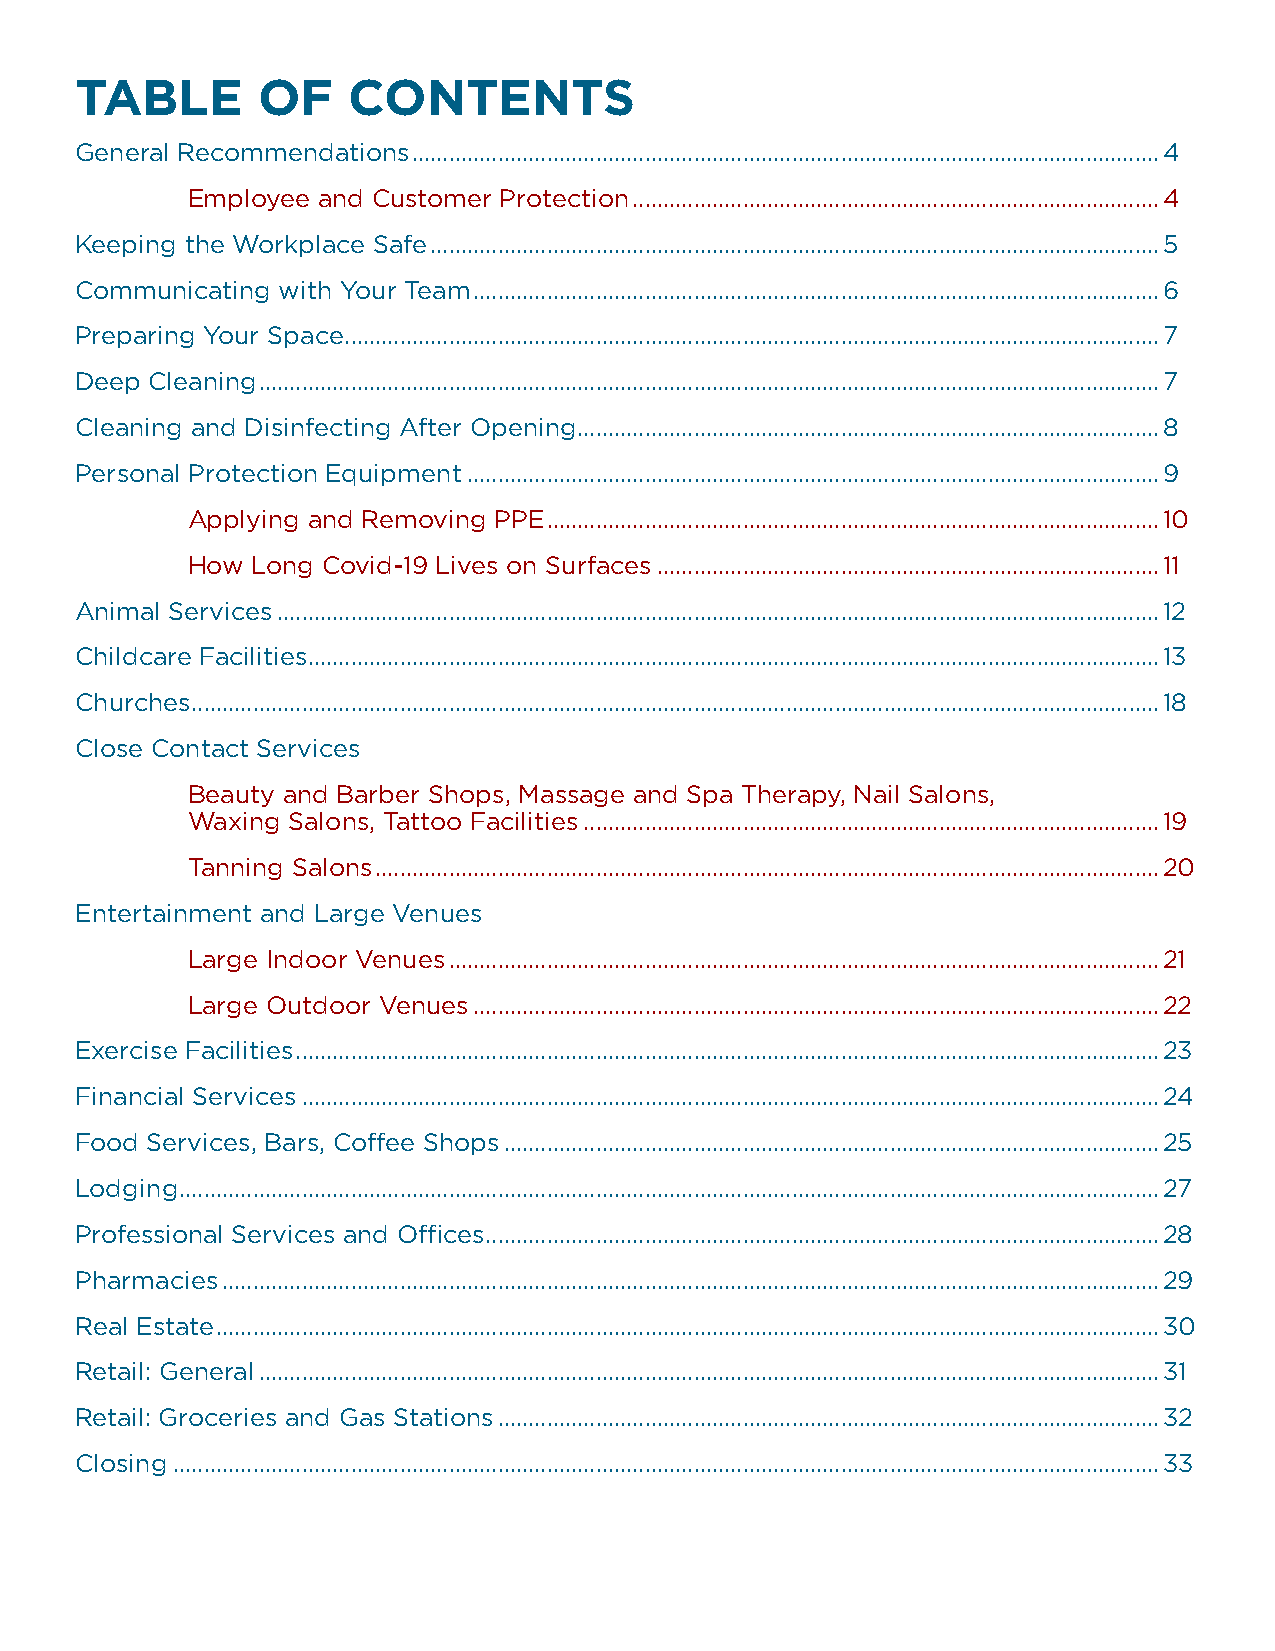
TABLE       OF    CONTENTS
 General Recommendations ..........................................................................................................................4
 Employee and Customer Protection ......................................................................................4
 Keeping the Workplace Safe .......................................................................................................................5
 Communicating with Your Team ................................................................................................................6
 Preparing Your Space .....................................................................................................................................7
 Deep Cleaning ...................................................................................................................................................7
 Cleaning and Disinfecting After Opening ...............................................................................................8
 Personal Protection Equipment .................................................................................................................9
 Applying and Removing PPE ....................................................................................................10
 How  Long Covid-19 Lives on Surfaces ..................................................................................11
 Animal Services ................................................................................................................................................12
 Childcare Facilities ...........................................................................................................................................13
 Churches ..............................................................................................................................................................18
 Close Contact Services
 Beauty and Barber Shops, Massage and Spa Therapy, Nail Salons,
 Waxing Salons, Tattoo Facilities ..............................................................................................19
 Tanning Salons ................................................................................................................................20
 Entertainment and Large Venues
 Large Indoor Venues ....................................................................................................................21
 Large Outdoor Venues ................................................................................................................22
 Exercise Facilities .............................................................................................................................................23
 Financial Services ............................................................................................................................................24
 Food Services, Bars, Coffee Shops ...........................................................................................................25
 Lodging ................................................................................................................................................................27
 Professional Services and Offices ..............................................................................................................28
 Pharmacies .........................................................................................................................................................29
 Real Estate ..........................................................................................................................................................30
 Retail: General ...................................................................................................................................................31
 Retail: Groceries and Gas Stations ............................................................................................................32
 Closing .................................................................................................................................................................33